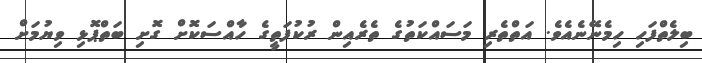
ބިލެތްފަހި ހިމެނޭނެއެވެ. އަތްތެރި މަސައްކަތުގެ ތެރެއިން ރުކުފަތީގެ ހާއްސަކޮށް ގޮށި ބަތްޕޮޅި ވިޔުމަށް